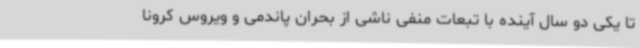
تا یکی دو سال آینده با تبعات منفی ناشی از بحران پاندمی و ویروس کرونا